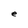
Character: e